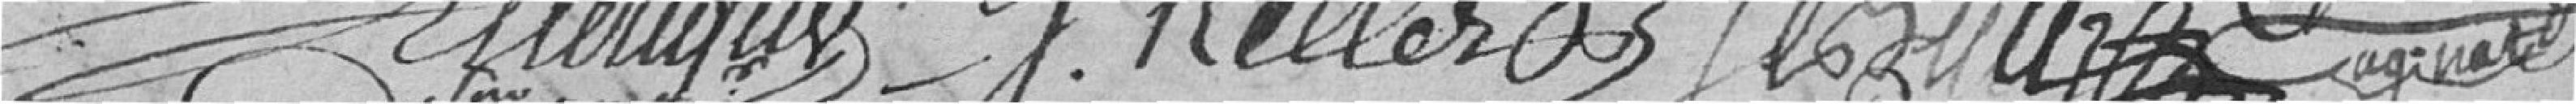
Emerique J Keller